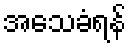
အသေခံရန်